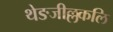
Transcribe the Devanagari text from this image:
थेङजील्लकलि